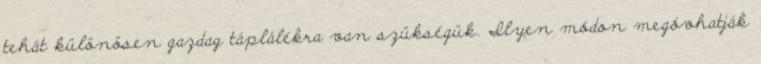
tehát különösen gazdag táplálékra van szükségük. Ilyen módon megóvhatják